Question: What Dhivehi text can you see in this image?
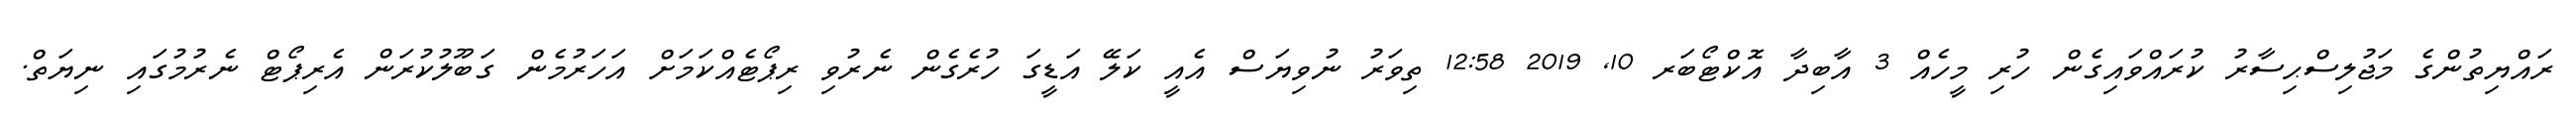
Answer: ރައްޔިތުންގެ މަޖުލިސްޙިސާރު ކުރައްވައިގެން ހުރި މީހެއް 3 އާބިދާ އޮކްޓޯބަރ 10, 2019 12:58 ތިވަރު ނުވިޔަސް އެއީ ކަލޭ އަޑީގަ ހުރެގެން ނެރުވި ރިޕޯޓެއްކަމަށް އަހަރުމެން ގަބޫލުކުރަން އެރިޕޯޓް ނެރުމުގައި ނިޔަތް.